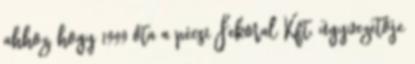
ahhoz, hogy 1999 óta a pécsi Fekoral Kft. ügyvezetôje